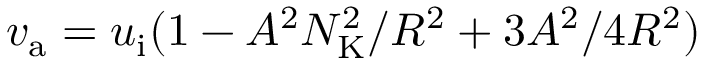
v _ { \mathrm { a } } = u _ { \mathrm { i } } ( 1 - A ^ { 2 } N _ { \mathrm { K } } ^ { 2 } / R ^ { 2 } + 3 A ^ { 2 } / 4 R ^ { 2 } )